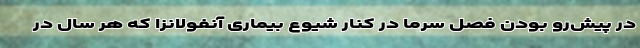
در پیش‌رو بودن فصل سرما در کنار شیوع بیماری آنفولانزا که هر سال در